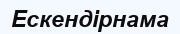
Ескендірнама